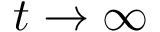
t \to \infty